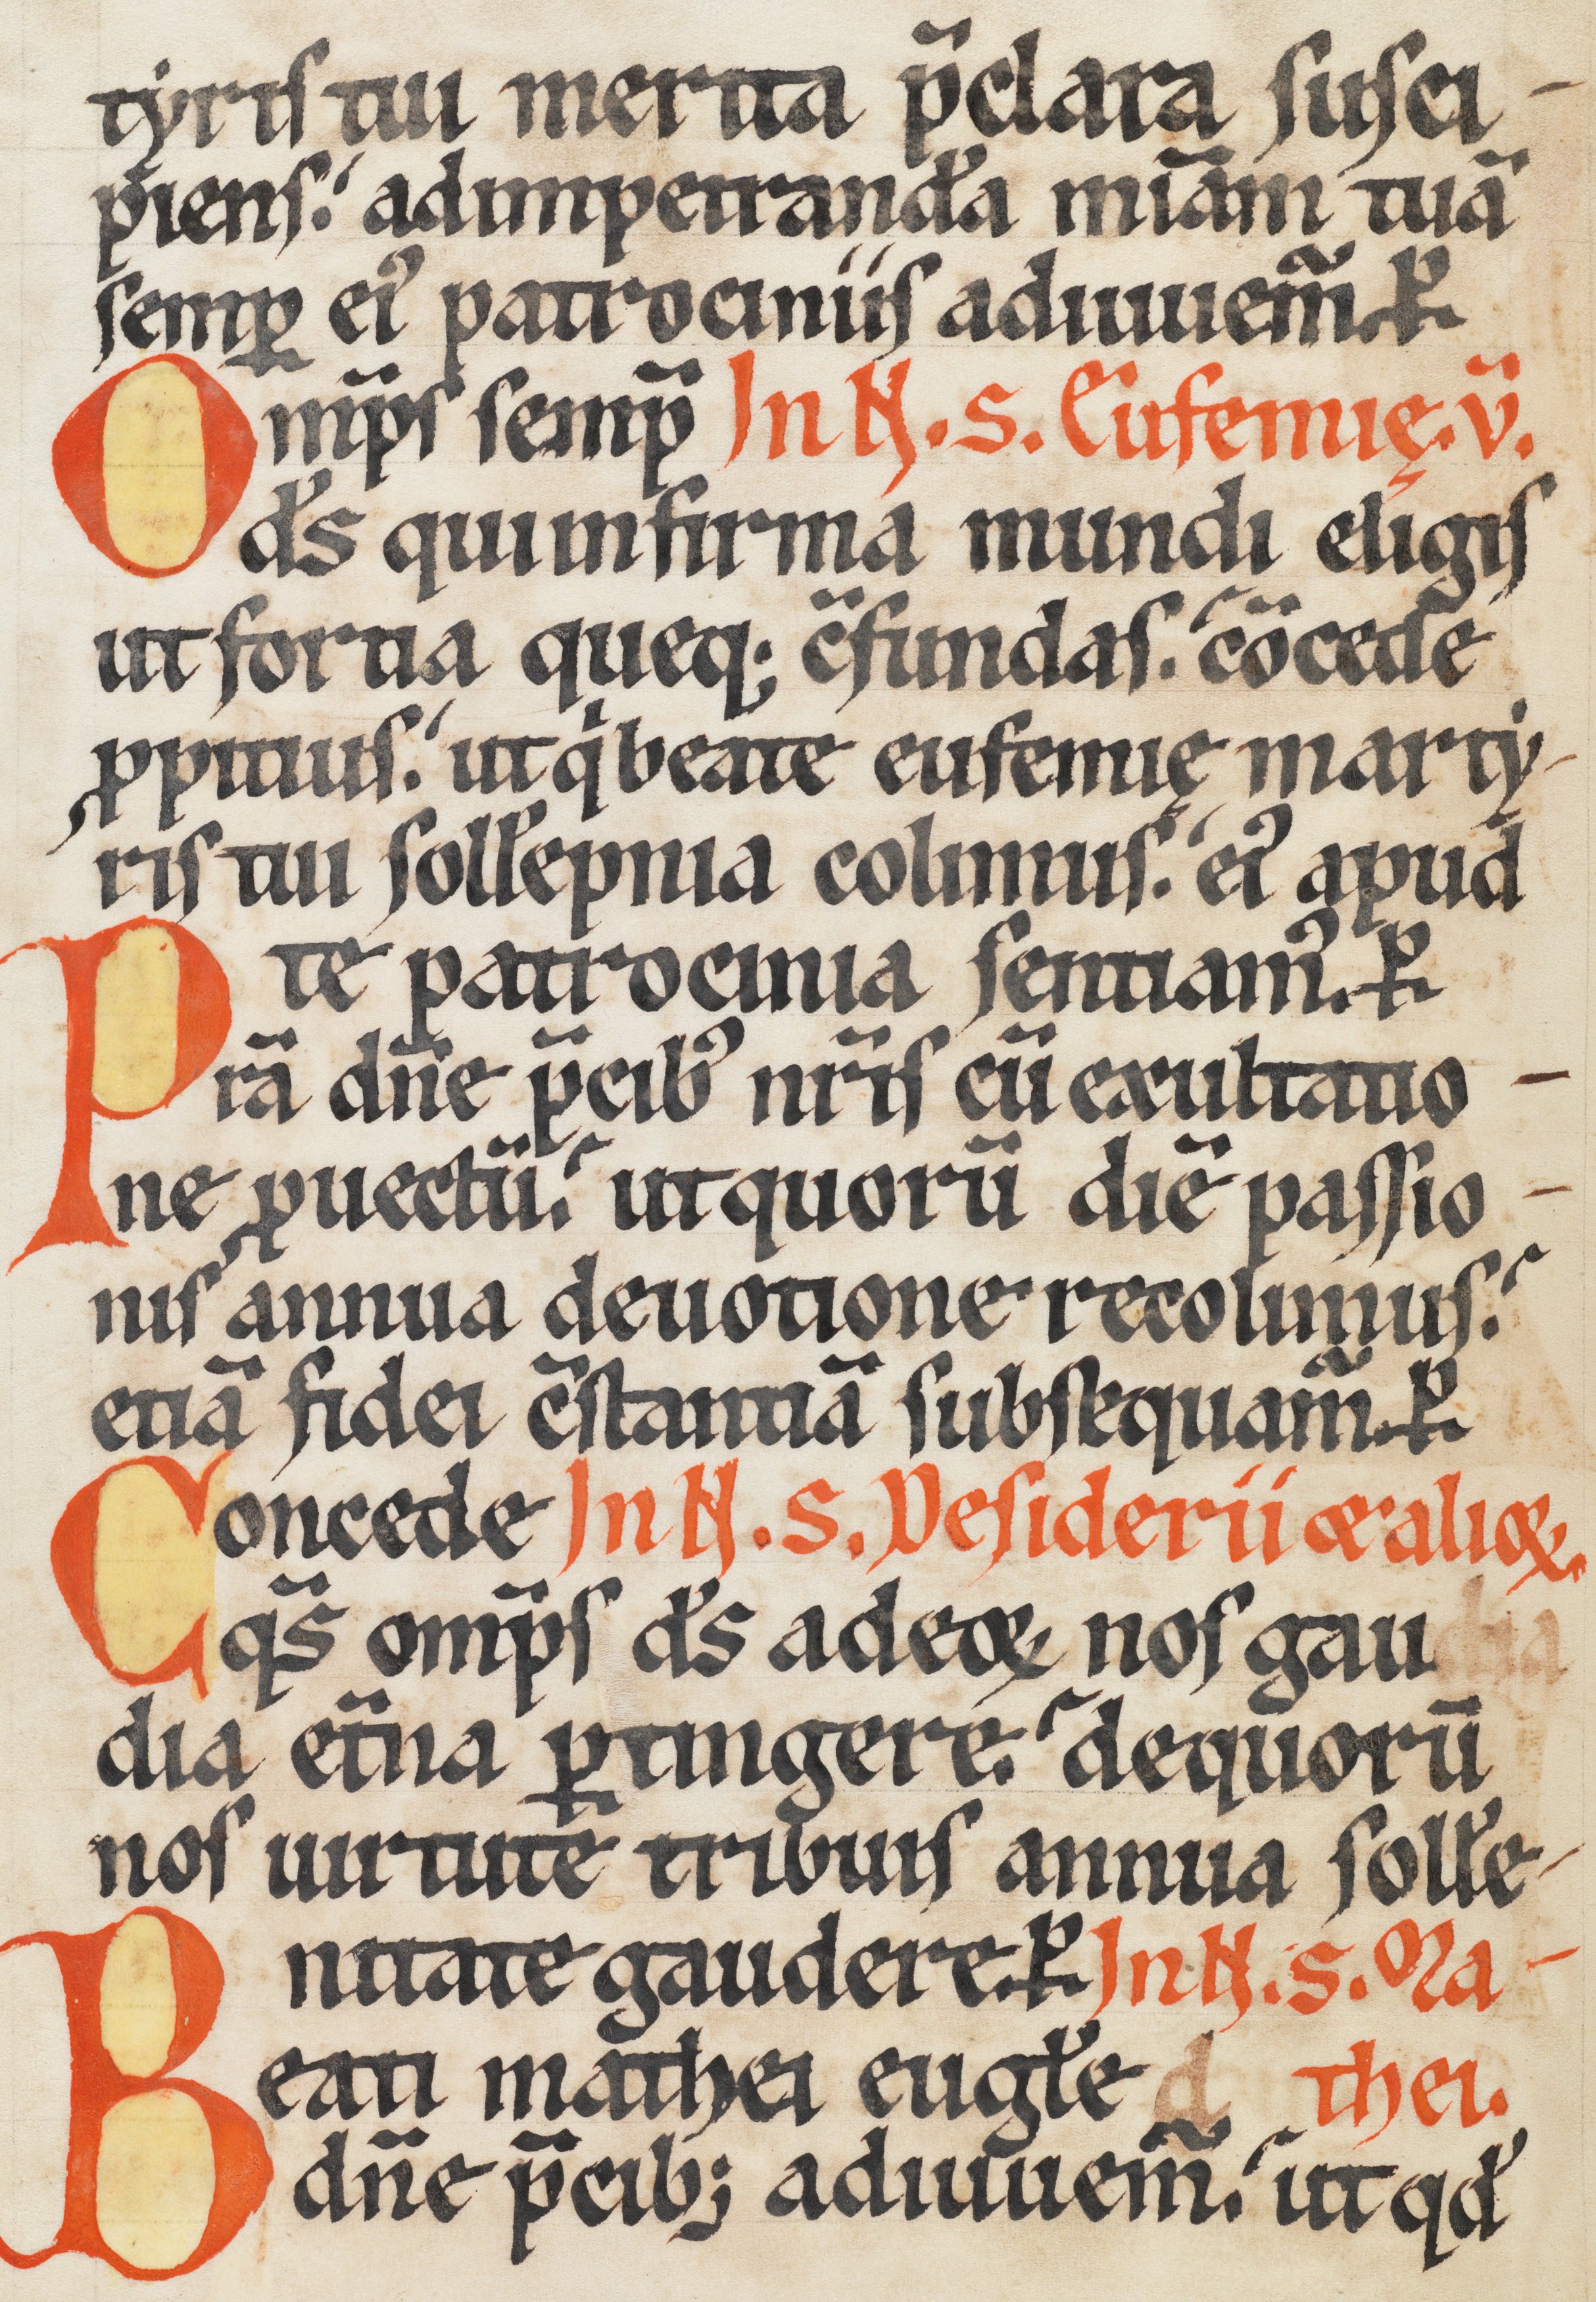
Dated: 1170–1230